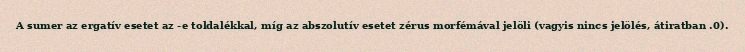
A sumer az ergatív esetet az -e toldalékkal, míg az abszolutív esetet zérus morfémával jelöli (vagyis nincs jelölés, átiratban .0).